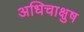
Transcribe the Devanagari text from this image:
अधिचाक्षुष